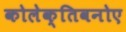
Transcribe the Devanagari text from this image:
कोलेक्तिवनोए